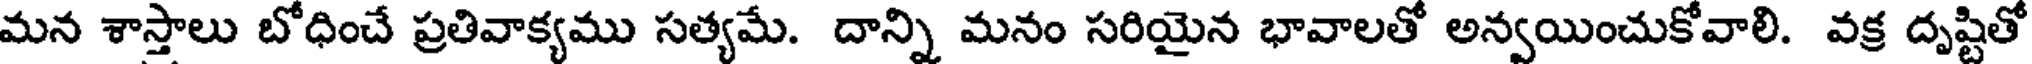
మన శాస్తాలు బోధించే ప్రతివాక్యము సత్యమే. దాన్ని మనం సరియైన భావాలతో అన్వయించుకోవాలి. వక్ర దృష్టితో